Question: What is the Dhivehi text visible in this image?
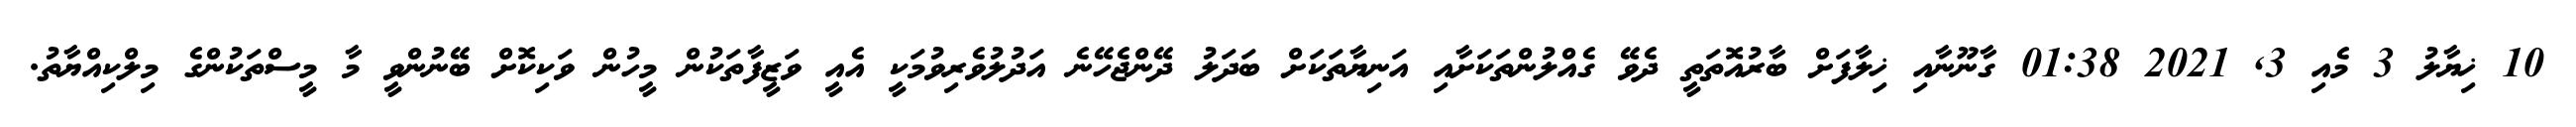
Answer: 10 ޚިޔާލު 3 މެއި 3, 2021 01:38 ގާނޫނާއި ޚިލާފަށް ބާރުއޮތަތީ ދެވޭ ގެއްލުންތަކަށާއި އަނިޔާތަކަށް ބަދަލު ދޭންޖެހޭނެ އަދުލުވެރިވުމަކީ އެއީ ވަޒީފާތަކުން މީހުން ވަކިކޮށް ބޭނުންވީ މާ މީސްތަކުންގެ މިލްކިއްޔާތު.